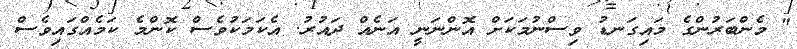
" މެންބަރުންގެ މައިގަނޑު ވިސްނުމަކަށް އޮންނަނީ އަނެއް ދައުރު. އެކަމަކުވެސް ކޮންމެ ކަމެއްގައިވެސް